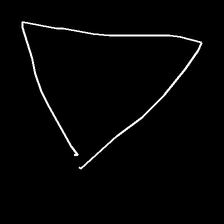
Glyph: convergence